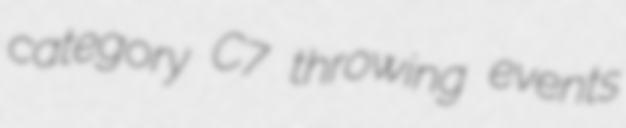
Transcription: category C7 throwing events